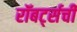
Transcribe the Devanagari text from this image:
रॉबर्ट्सची